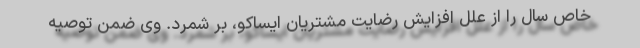
خاص سال را از علل افزایش رضایت مشتریان ایساکو، بر شمرد. وی ضمن توصیه